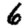
Digit: 6